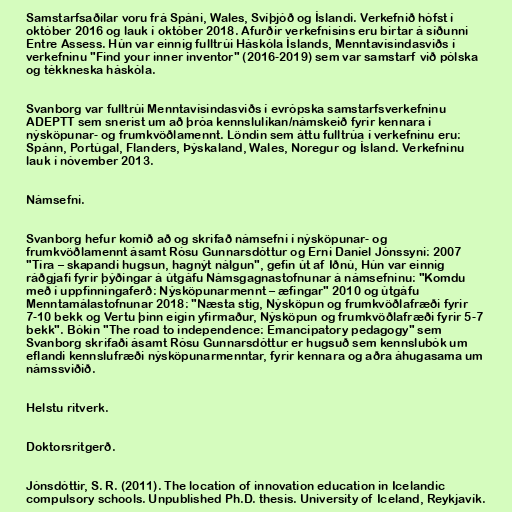
Samstarfsaðilar voru frá Spáni, Wales, Svíþjóð og Íslandi. Verkefnið hófst í
október 2016 og lauk í október 2018. Afurðir verkefnisins eru birtar á síðunni
Entre Assess. Hún var einnig fulltrúi Háskóla Íslands, Menntavísindasviðs í
verkefninu "Find your inner inventor" (2016-2019) sem var samstarf við pólska
og tékkneska háskóla.

Svanborg var fulltrúi Menntavísindasviðs í evrópska samstarfsverkefninu
ADEPTT sem snerist um að þróa kennslulíkan/námskeið fyrir kennara í
nýsköpunar- og frumkvöðlamennt. Löndin sem áttu fulltrúa í verkefninu eru:
Spánn, Portúgal, Flanders, Þýskaland, Wales, Noregur og Ísland. Verkefninu
lauk í nóvember 2013.

Námsefni.

Svanborg hefur komið að og skrifað námsefni í nýsköpunar- og
frumkvöðlamennt ásamt Rósu Gunnarsdóttur og Erni Daníel Jónssyni: 2007
"Tíra – skapandi hugsun, hagnýt nálgun", gefin út af Iðnú, Hún var einnig
ráðgjafi fyrir þýðingar á útgáfu Námsgagnastofnunar á námsefninu: "Komdu
með í uppfinningaferð: Nýsköpunarmennt – æfingar" 2010 og útgáfu
Menntamálastofnunar 2018: "Næsta stig, Nýsköpun og frumkvöðlafræði fyrir
7-10 bekk og Vertu þinn eigin yfirmaður, Nýsköpun og frumkvöðlafræði fyrir 5-7
bekk". Bókin "The road to independence: Emancipatory pedagogy" sem
Svanborg skrifaði ásamt Rósu Gunnarsdóttur er hugsuð sem kennslubók um
eflandi kennslufræði nýsköpunarmenntar, fyrir kennara og aðra áhugasama um
námssviðið.

Helstu ritverk.

Doktorsritgerð.

Jónsdóttir, S. R. (2011). The location of innovation education in Icelandic
compulsory schools. Unpublished Ph.D. thesis. University of Iceland, Reykjavík.